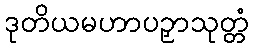
ဒုတိယမဟာပဉှာသုတ္တံ